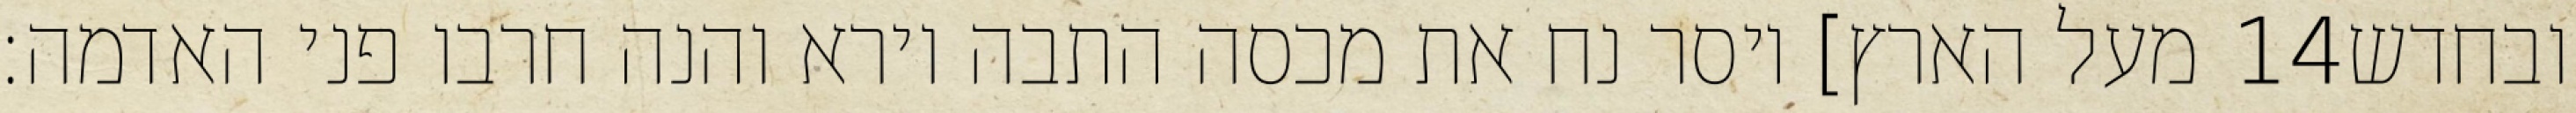
מעל הארץ] ויסר נח את מכסה התבה וירא והנה חרבו פני האדמה׃ ‎14‏ ובחדש